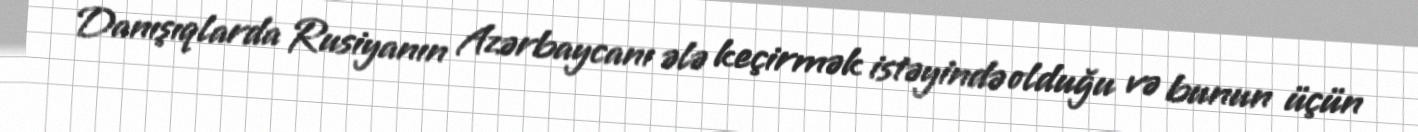
Danışıqlarda Rusiyanın Azərbaycanı ələ keçirmək istəyində olduğu və bunun üçün